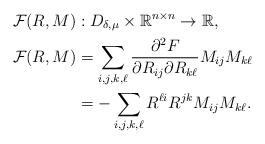
LaTeX: \begin{align*}\mathcal{F}(R,M)&: D_{\delta, \mu} \times \mathbb{R}^{n \times n} \rightarrow \mathbb{R},\\\mathcal{F}(R,M)&=\sum_{i,j,k,\ell}\frac{\partial^2 F}{\partial R_{ij} \partial R_{k\ell}} M_{ij}M_{k\ell }\\& = - \sum_{i,j,k,\ell}R^{\ell i}R^{jk} M_{ij}M_{k\ell }.\end{align*}